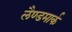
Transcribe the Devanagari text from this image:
लैण्‍डमार्क